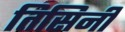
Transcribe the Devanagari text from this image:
तिसिनी